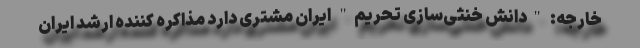
خارجه: "دانش خنثی‌سازی تحریم" ایران مشتری دارد مذاکره کننده ارشد ایران